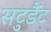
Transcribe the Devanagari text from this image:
सटुडैंट